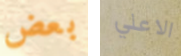
بعض الاعلي